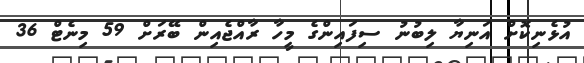
އުޅެނިކޮށް އަނިޔާ ލިބުނު ސިފައިންގެ މީހާ ރާއްޖެއިން ބޭރަށް 59 މިނެޓް 36